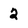
Character: 2